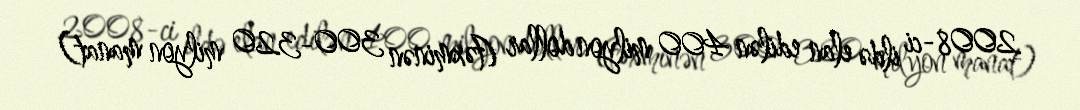
2008-ci ildə elan edilən 400 milyon dollar (təxminən 300-320 milyon manat)